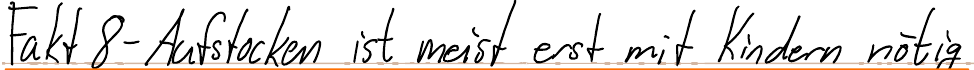
Fakt 8 - Aufstocken ist meist erst mit Kindern nötig